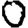
Digit: 0